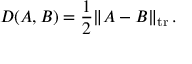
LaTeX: D ( A , B ) = { \frac { 1 } { 2 } } \| A - B \| _ { \mathrm { { t r } } } \, .